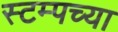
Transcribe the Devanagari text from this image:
स्टम्पच्या